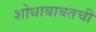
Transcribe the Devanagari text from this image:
शोधाबाबतची